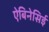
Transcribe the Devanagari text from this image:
ऐबिनेसिई